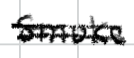
Text: smoke
Cross-out: double-line
Writing tool: digital_black